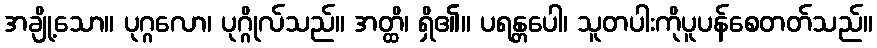
အချို့သော။ ပုဂ္ဂလော၊ ပုဂ္ဂိုလ်သည်။ အတ္ထိ၊ ရှိ၏။ ပရန္တပေါ၊ သူတပါးကိုပူပန်စေတတ်သည်။